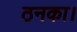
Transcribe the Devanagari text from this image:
ठनका।